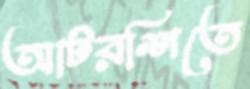
আটরশিতে